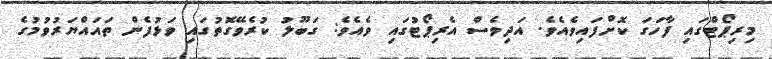
މިރިޕޯޓްގައި ފާހަގަ ކޮށްފައިވެއެވެ. އަދިވެސް އެރިޕޯޓުގައި ވެއެވެ: ގަބޫލު ކުރެވޭގޮތުގައި ވަޅުފެން ތައައްޔަރުވުމުގެ